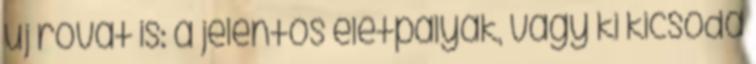
új rovat is: a jelentős életpályák, vagy ki kicsoda